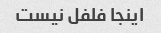
اینجا فلفل نیست